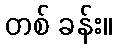
တစ် ခန်း။